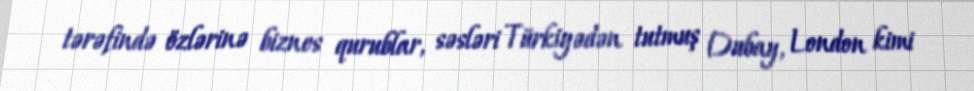
tərəfində özlərinə biznes qurublar, səsləri Türkiyədən tutmuş Dubay, London kimi